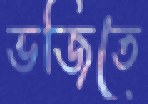
ভজিতে